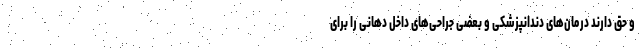
و حق دارند درمان‌های دندانپزشکی و بعضی جراحی‌های داخل دهانی را برای